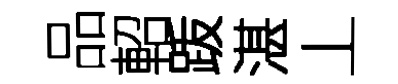
品軺䟦湛丄